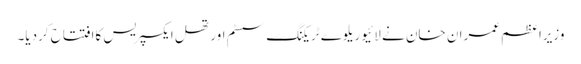
وزیراعظم عمران خان نے لائیو ریلوے ٹریکنگ سسٹم اور تھل ایکسپریس کاافتتاح کردیا۔